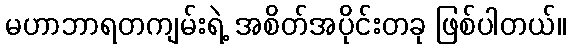
မဟာဘာရတကျမ်းရဲ့ အစိတ်အပိုင်းတခု ဖြစ်ပါတယ်။